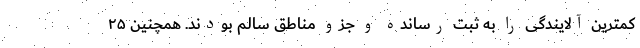
کمترین آلایندگی را به ثبت رسانده و جزو مناطق سالم بودند. همچنین ۲۵